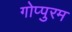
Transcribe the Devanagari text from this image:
गोप्पुरम